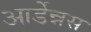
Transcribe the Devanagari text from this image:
आर्डेन्नस